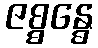
ဇစ္စန္ဓေ